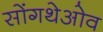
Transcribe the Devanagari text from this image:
सोंगथेओव